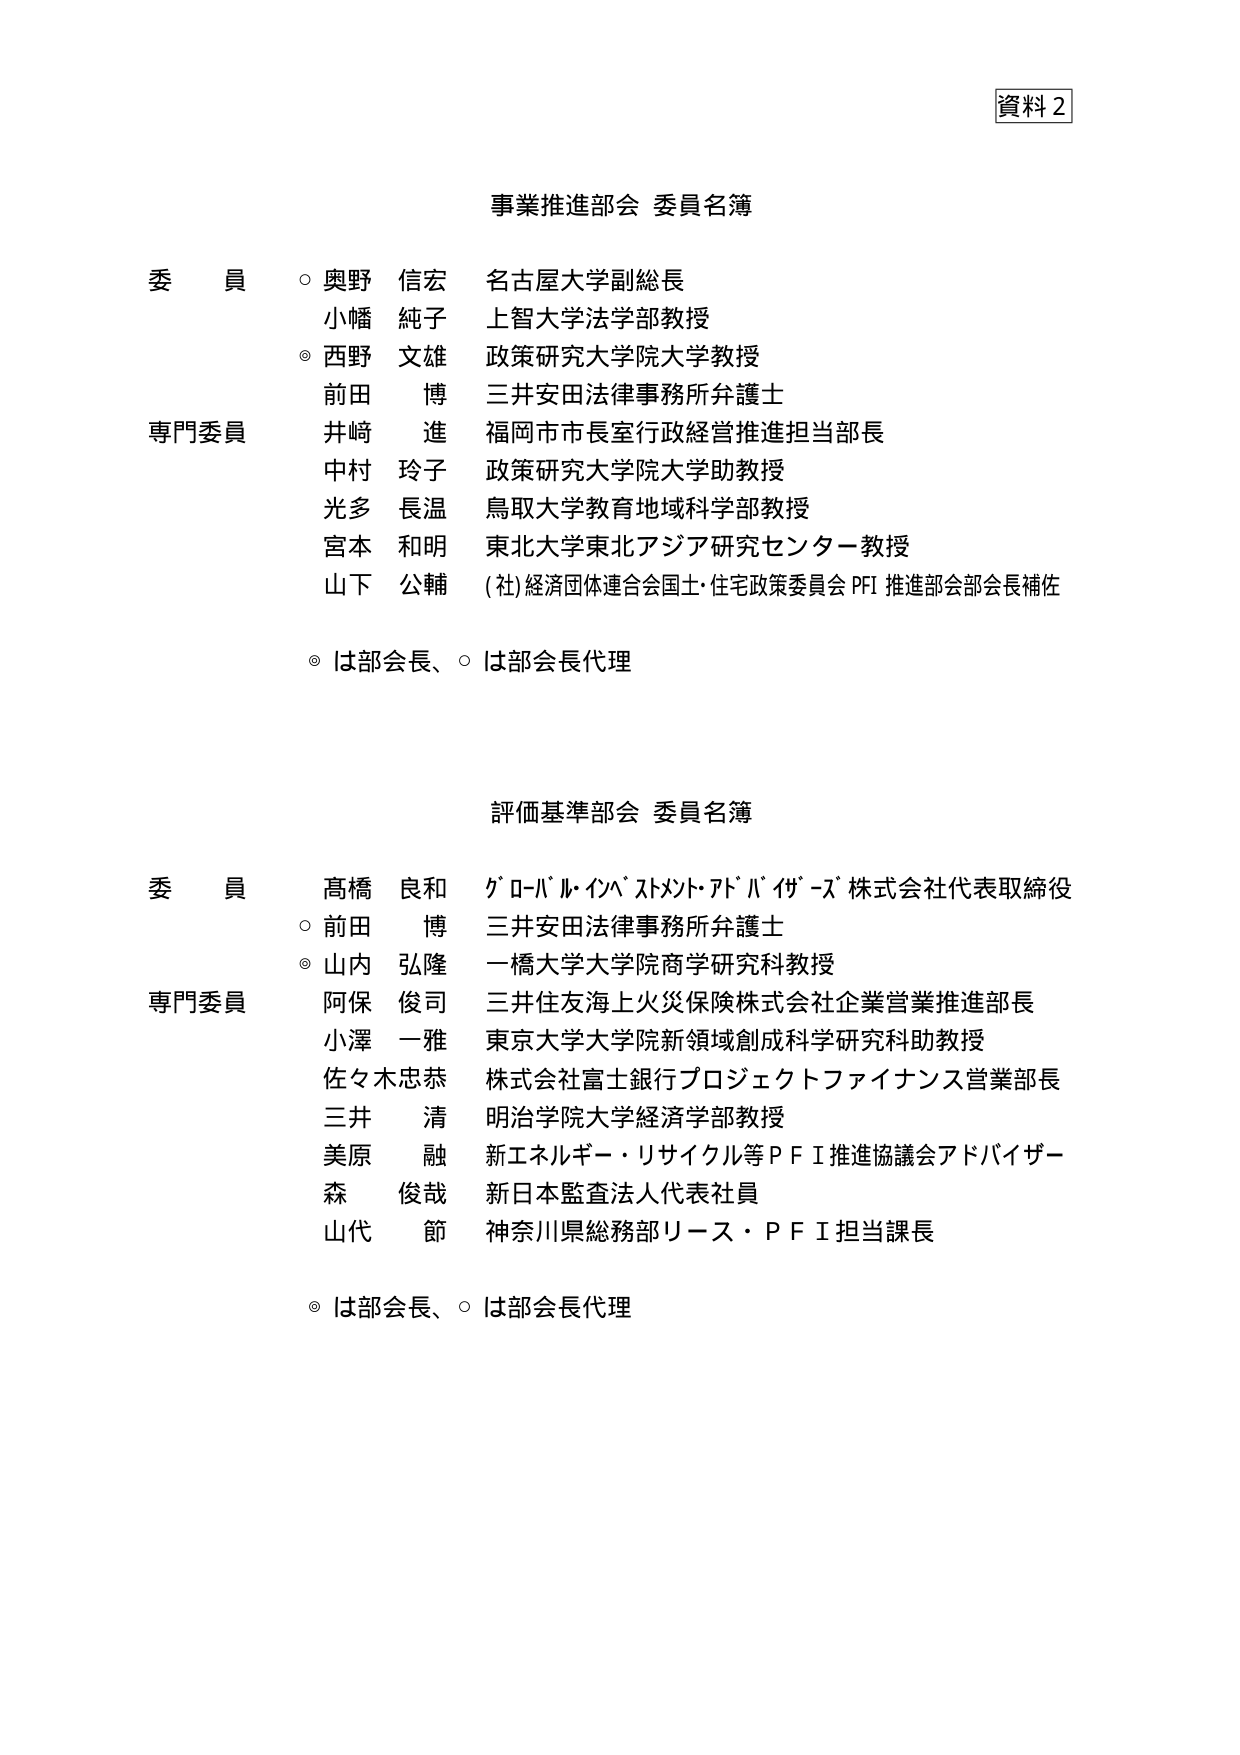
資料2

事業推進部会 委員名簿

委員
○ 奥野 信宏 名古屋大学副総長
　　小幡 純子 上智大学法学部教授
◎ 西野 文雄 政策研究大学院大学教授
　　前田 博 三井安田法律事務所弁護士

専門委員
　　井崎 進 福岡市市長室行政経営推進担当部長
　　中村 玲子 政策研究大学院大学助教授
　　光多 長温 鳥取大学教育地域科学部教授
　　宮本 和明 東北大学東北アジア研究センター教授
　　山下 公輔 (社)経済団体連合会国土・住宅政策委員会 PFI 推進部会部会長補佐

◎ は部会長、○ は部会長代理

評価基準部会 委員名簿

委員
　　髙橋 良和 グローバル・インベストメント・アドバイザーズ 株式会社代表取締役
○ 前田 博 三井安田法律事務所弁護士
◎ 山内 弘隆 一橋大学大学院商学研究科教授

専門委員
　　阿保 俊司 三井住友海上火災保険株式会社企業営業推進部長
　　小澤 一雅 東京大学大学院新領域創成科学研究科助教授
　　佐々木忠恭 株式会社富士銀行プロジェクトファイナンス営業部長
　　三井 清 明治学院大学経済学部教授
　　美原 融 新エネルギー・リサイクル等ＰＦＩ推進協議会アドバイザー
　　森 俊哉 新日本監査法人代表社員
　　山代 節 神奈川県総務部リース・ＰＦＩ担当課長

◎ は部会長、○ は部会長代理